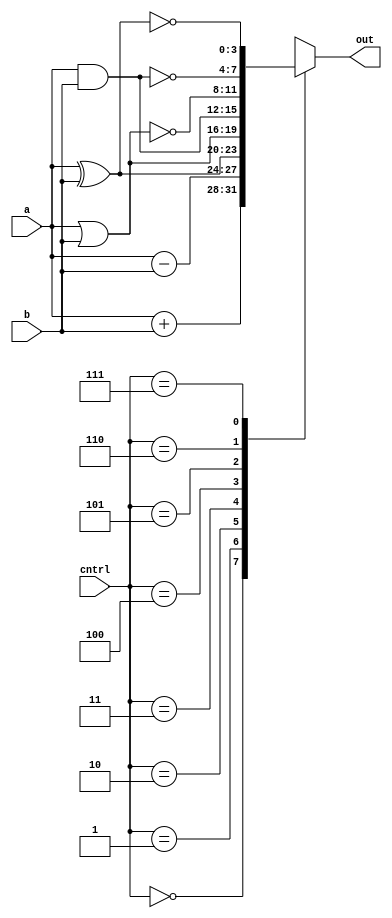
module alu(a,b,cntrl,out);
	input [3:0] a,b;
	input [2:0] cntrl;
	output reg [3:0] out;
	always@(cntrl)
	begin
		case(cntrl)
			3'b000: out<=a+b;
			3'b001: out<=a-b;
			3'b010: out<=a^b;
			3'b011: out<=a|b;
			3'b100: out<=a&b;
			3'b101: out<=~(a|b);
			3'b110: out<=~(a&b);
			3'b111: out<=~(a^b);
		endcase
	end
endmodule
module tb_alu;
	reg [3:0] a,b;
	reg [2:0] cntrl;
	wire [3:0] out;
	alu a1(a,b,cntrl,out);
	initial
	begin
		a=4'b0010;b=4'b0001;cntrl=3'b000;
		$monitor("a=%b, b=%b, cntrl=%b, out=%b",a,b,cntrl,out);
		#5 cntrl=3'b001;
		#5 cntrl=3'b010;
		#5 cntrl=3'b011;
		#5 cntrl=3'b100;
		#5 cntrl=3'b101;
		#5 cntrl=3'b110;
		#5 cntrl=3'b111;
	end
endmodule